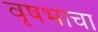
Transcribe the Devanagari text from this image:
वृषभाचा